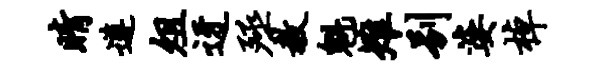
睛遵俎迓殛教魁雉别婆棹